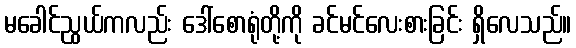
မခေါင်ညွယ်ကလည်း ဒေါ်စောရုံတို့ကို ခင်မင်လေးစားခြင်း ရှိလေသည်။